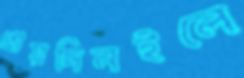
প্রায়দিনইলে